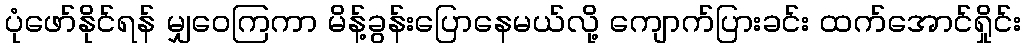
ပုံဖော်နိုင်ရန် မျှဝေကြကာ မိန့်ခွန်းပြောနေမယ်လို့ ကျောက်ပြားခင်း ထက်အောင်ရှိုင်း